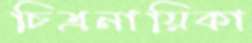
চিত্রনায়িকা